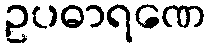
ဥပဓာရဏေ